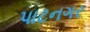
પાટનગર